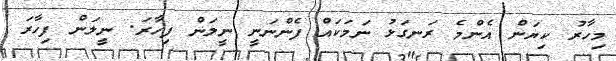
މިހާރު ކިޔަން އެންމެ ރަނގަޅު ނަމަކައް ފެންނަނީ ނީލަން ފިހާރަ. ނީލަން ފިހާރަ